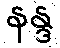
နန္ဒ